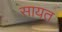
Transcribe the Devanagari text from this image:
सायत